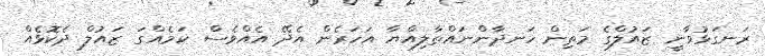
ރަނގަޅުވާނީ ޒައުލްގެ މަތިން ހަނދާންނައްތާލިއްޔާ އަހަރެން އެދޭ އެއްވެސް ކަމެއްގަ ޒައުލް ދެކޮޅެއް